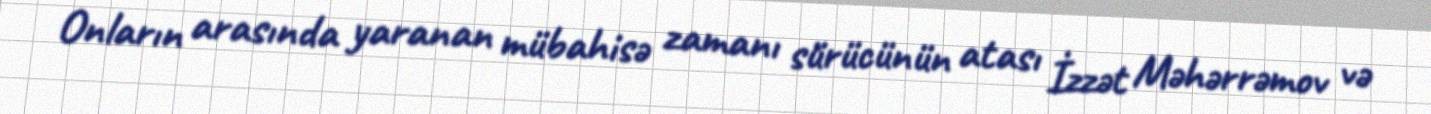
Onların arasında yaranan mübahisə zamanı sürücünün atası İzzət Məhərrəmov və